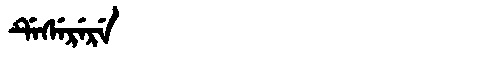
Manchu: ᡩᡝᠰᡝᡵᡝᡵᡝ
Romanization: DESERERE